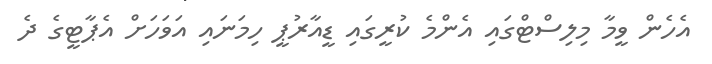
އެހެން ވީމާ މިލިސްޓްގައި އެންމެ ކުރީގައި ޑީއާރުޕީ ހިމަނައި އަވަހަށް އެޕާޓީގެ ދެ